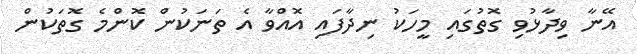
އޭނާ ވިދާޅުވި ގޮތުގައި މީހަކު ނިދާފައި އޮއްވާ އެ ތަނަކުން ކޮންމެ ގޮތަކުން